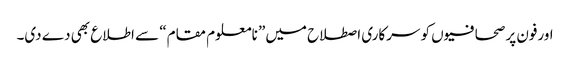
اورفون پر صحافیوں کو سرکاری اصطلاح میں” نامعلوم مقام“ سے اطلاع بھی دے دی۔